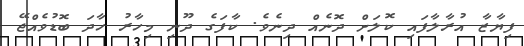
ފިޔާޒާ އުރާލާފައި ކޮލަށް ދޮނެއް ދިނެވެ. ކާފަގެ ދޫނި މިހާރު ހާދަ ބޮޑުވެއްޖޭ